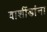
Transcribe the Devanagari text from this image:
वाशींडांना